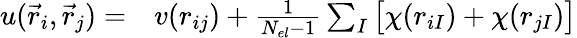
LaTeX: \begin{array}{rl}{u(\vec{r}_{i},\vec{r}_{j})=}&{{}v(r_{ij})+\frac{1}{N_{el}-1}\sum_{I}\big[\chi(r_{iI})+\chi(r_{jI})\big]}\end{array}